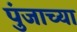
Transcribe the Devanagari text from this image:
पुंजाच्या